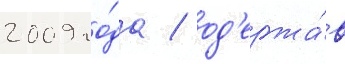
2009 го́да / од'ержа́в